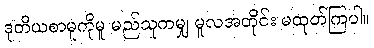
ဒုတိယစာမူကိုမူ မည်သူကမျှ မူလအတိုင်း မထုတ်ကြပါ။